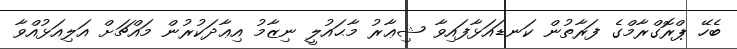
ބެހޭ ޕްރޮގްރާމްގެ ފަރާތުން ކަނޑައަޅާފައިވާ ޝިޢާރު މާޙައުލީ ނިޒާމު އިޢާދަކުރުން މައްޗަށް އަލިއަޅުއްވާ